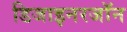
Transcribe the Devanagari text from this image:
डिजाइनरजॉन